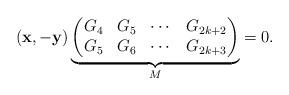
LaTeX: \begin{align*}(\mathbf{x}, -\mathbf{y})\underbrace{\begin{pmatrix}G_{4} & G_{5} & \cdots & G_{2k+2}\\ G_{5} & G_{6} & \cdots & G_{2k+3}\end{pmatrix}}_M =0.\end{align*}